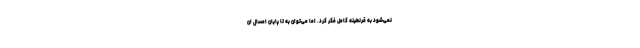
نمی‌شود به قرنطینه کامل فکر کرد. اما می‌توان به تا پایان امسال ان